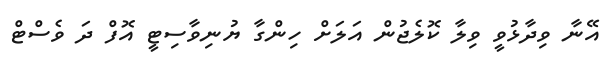
އޭނާ ވިިދާޅުވީ ވިލާ ކޮލެޖުން އަލަށް ހިންގާ ޔުނިވާސިޓީ އޮފް ދަ ވެސްޓް